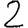
Digit: 2